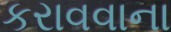
કરાવવાના